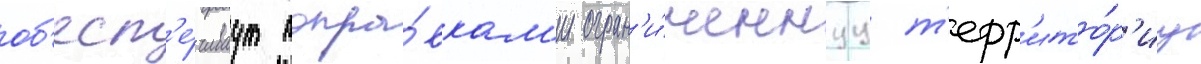
об'есп'е́чиваут попра́вкам'и огран'и́ченнуу т'ерр'ито́р'иу